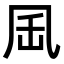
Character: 𠙄